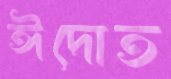
ঈদোত